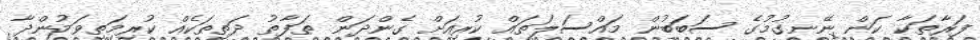
ފަރާތަކާ ކަން ނޭނގުމުގެ ސަބަބުން މައްސަލަތައް ކުރިއަށް ގެންދަން ތަފާތު ދަތިތަކެއް ކުރިމަތިވަމުންދާ